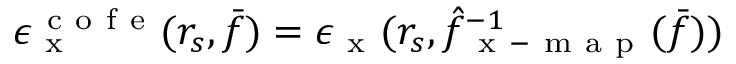
\epsilon _ { \mathrm { ~ x ~ } } ^ { \mathrm { ~ c ~ o ~ f ~ e ~ } } ( r _ { s } , \bar { f } ) = \epsilon _ { \mathrm { ~ x ~ } } ( r _ { s } , \hat { f } _ { \mathrm { ~ x ~ - ~ m ~ a ~ p ~ } } ^ { - 1 } ( \bar { f } ) )